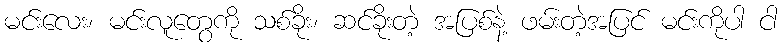
မင်းလေး၊ မင်းလူတွေကို သစ်ခိုး၊ ဆင်ခိုးတဲ့ အပြစ်နဲ့ ဖမ်းတဲ့အပြင် မင်းကိုပါ ငါ